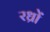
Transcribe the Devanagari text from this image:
रध्राें